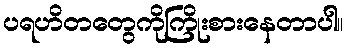
ပရဟိတတွေကိုကြိုးစားနေတာပါ။